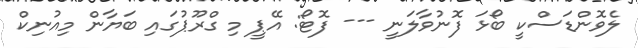
ލެވޮންޑަސްކީ ބޯޅަ ފޮނުވާލަނީ --- ފޮޓޯ: އޭޕީ މި ގްރޫޕުގައި ބަޔާން މިއުނިކް